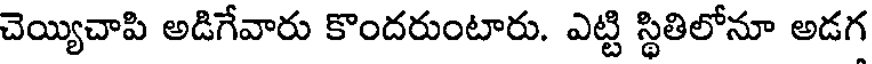
చెయ్యిచాపి అడిగేవారు కొందరుంటారు. ఎట్టి స్థితిలోనూ అడగ